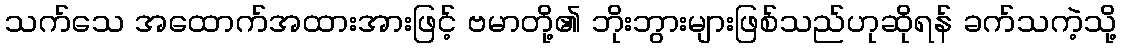
သက်သေ အထောက်အထားအားဖြင့် ဗမာတို့၏ ဘိုးဘွားများဖြစ်သည်ဟုဆိုရန် ခက်သကဲ့သို့